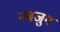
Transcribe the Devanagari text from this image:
नबजुग